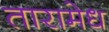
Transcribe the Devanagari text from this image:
तारामेध